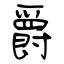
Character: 爵